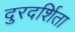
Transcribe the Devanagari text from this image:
दुरदर्शिता